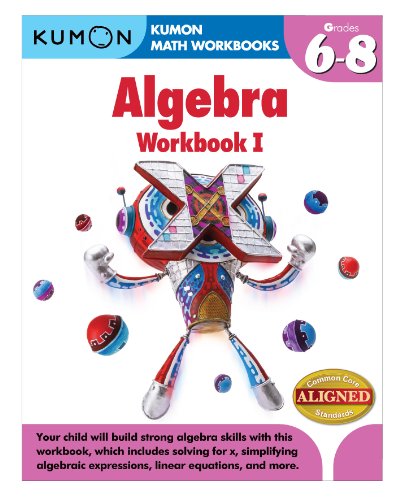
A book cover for Kumon Algebra Workbook I (Kumon Math Workbooks); Jason Wang; Test Preparation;